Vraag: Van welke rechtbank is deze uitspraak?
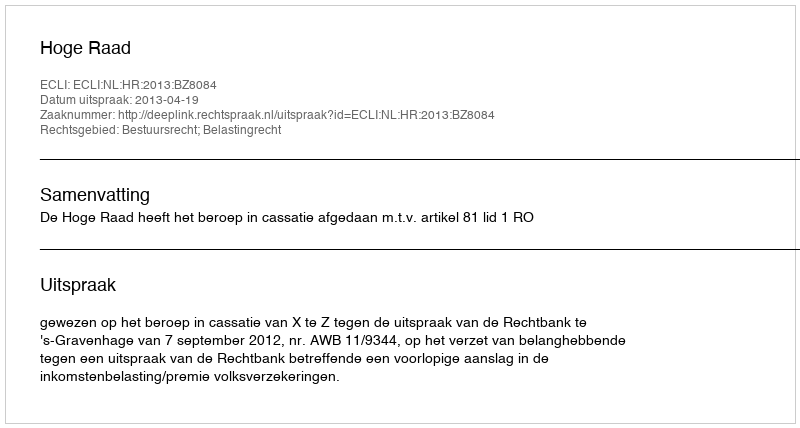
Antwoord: Hoge Raad